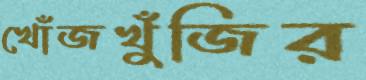
খোঁজখুঁজির